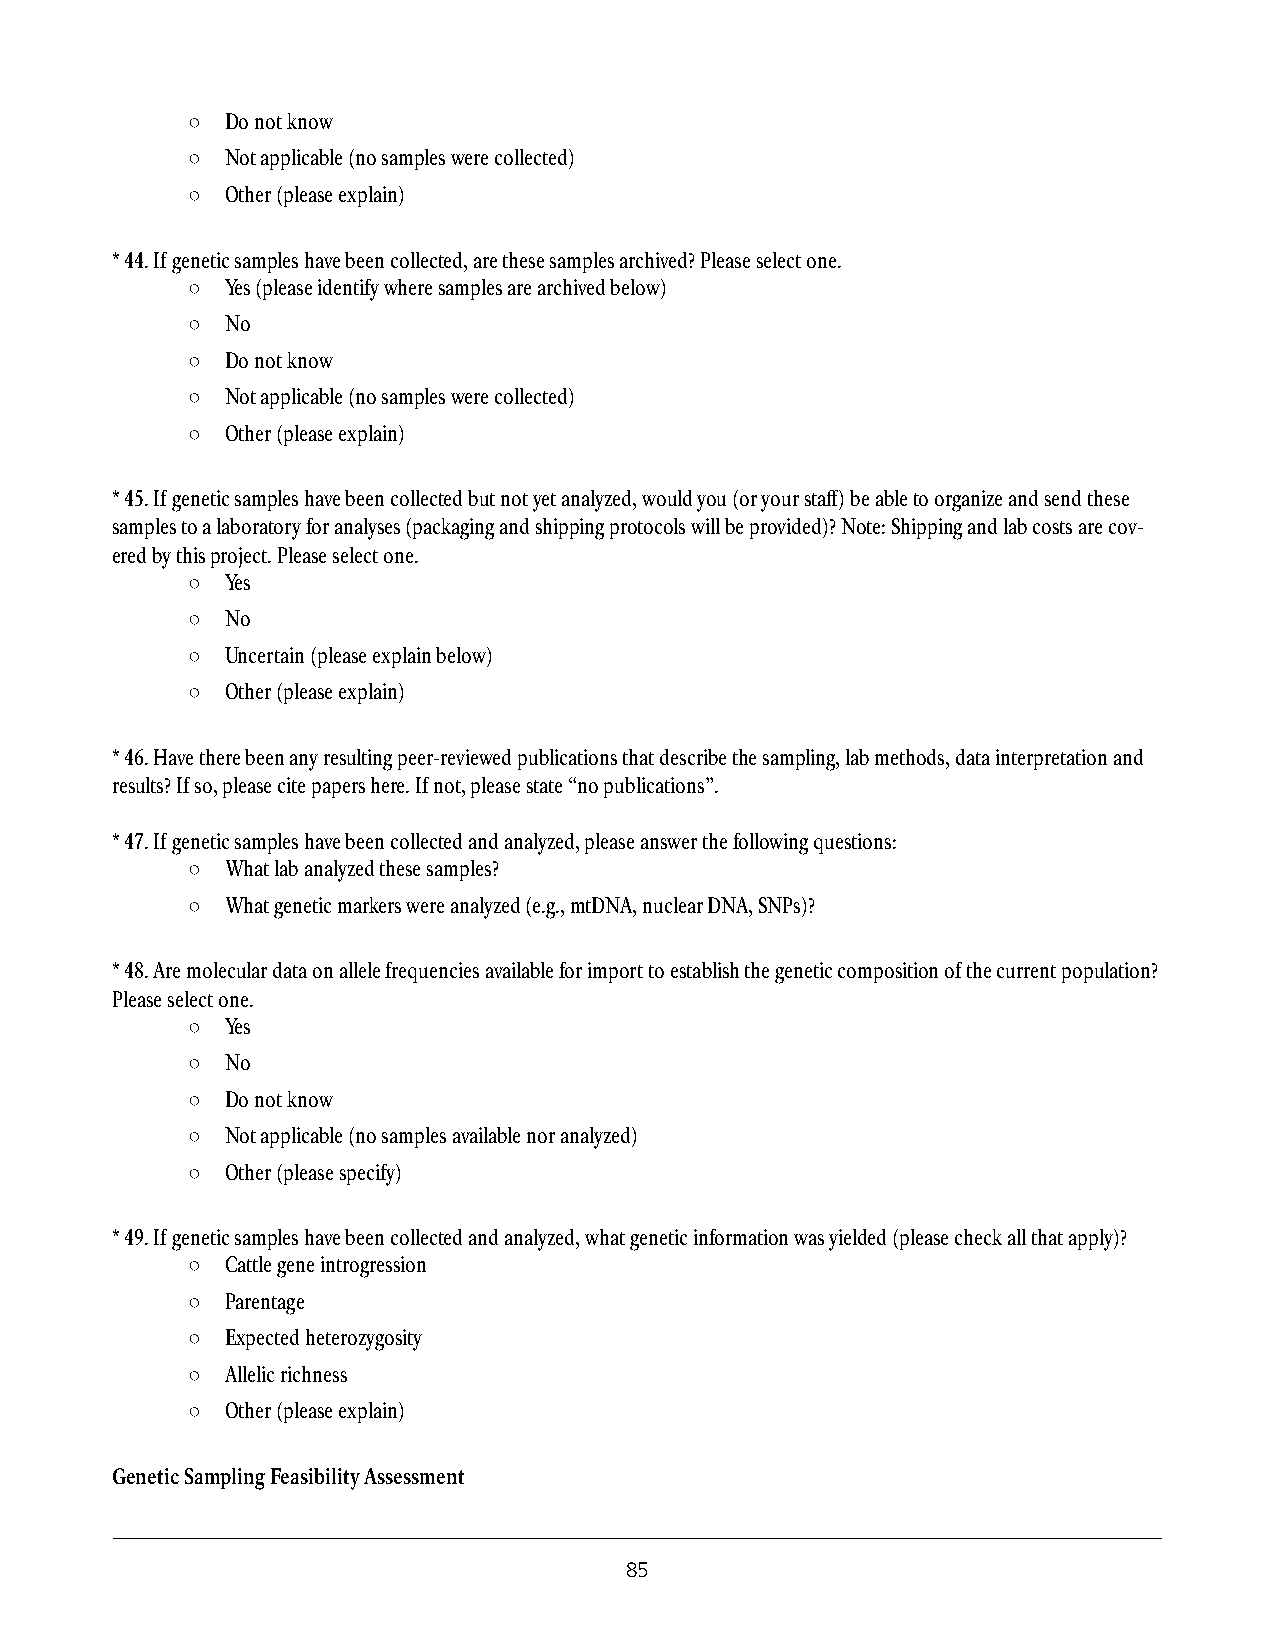
○  Do not know
 ○  Not applicable (no samples were collected)
 ○  Other (please explain)
 * 44. If genetic samples have been collected, are these samples archived? Please select one.
 ○  Yes (please identify where samples are archived below)
 ○  No
 ○  Do not know
 ○  Not applicable (no samples were collected)
 ○  Other (please explain)
 * 45. If genetic samples have been collected but not yet analyzed, would you (or your staff) be able to organize and send these
 samples to a laboratory for analyses (packaging and shipping protocols will be provided)? Note: Shipping and lab costs are cov-
 ered by this project. Please select one.
 ○  Yes
 ○  No
 ○  Uncertain (please explain below)
 ○  Other (please explain)
 * 46. Have there been any resulting peer-reviewed publications that describe the sampling, lab methods, data interpretation and
 results? If so, please cite papers here. If not, please state “no publications”.
 * 47. If genetic samples have been collected and analyzed, please answer the following questions:
 ○  What lab analyzed these samples?
 ○  What genetic markers were analyzed (e.g., mtDNA, nuclear DNA, SNPs)?
 * 48. Are molecular data on allele frequencies available for import to establish the genetic composition of the current population?
 Please select one.
 ○  Yes
 ○  No
 ○  Do not know
 ○  Not applicable (no samples available nor analyzed)
 ○  Other (please specify)
 * 49. If genetic samples have been collected and analyzed, what genetic information was yielded (please check all that apply)?
 ○  Cattle gene introgression
 ○  Parentage
 ○  Expected heterozygosity
 ○  Allelic richness
 ○  Other (please explain)
 Genetic Sampling Feasibility Assessment
 85